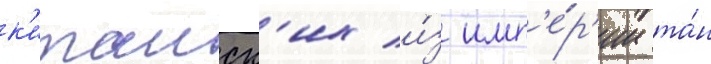
к'итаиск'их и́з имп'е́р'ии та́н